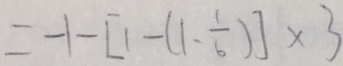
= - 1 - [ 1 - ( 1 - \frac { 1 } { 6 } ) ] \times 3